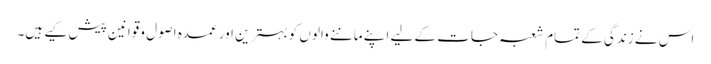
اس نے زندگی کے تمام شعبہ جات کے لیے اپنے ماننے والوں کو بہترین اور عمدہ اصول وقوانین پیش کیے ہیں۔